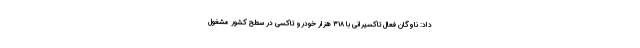
داد: ناوگان فعال تاکسیرانی با ۳۱۸ هزار خودرو تاکسی در سطح کشور مشغول